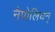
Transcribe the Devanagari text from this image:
नैपोलियन्